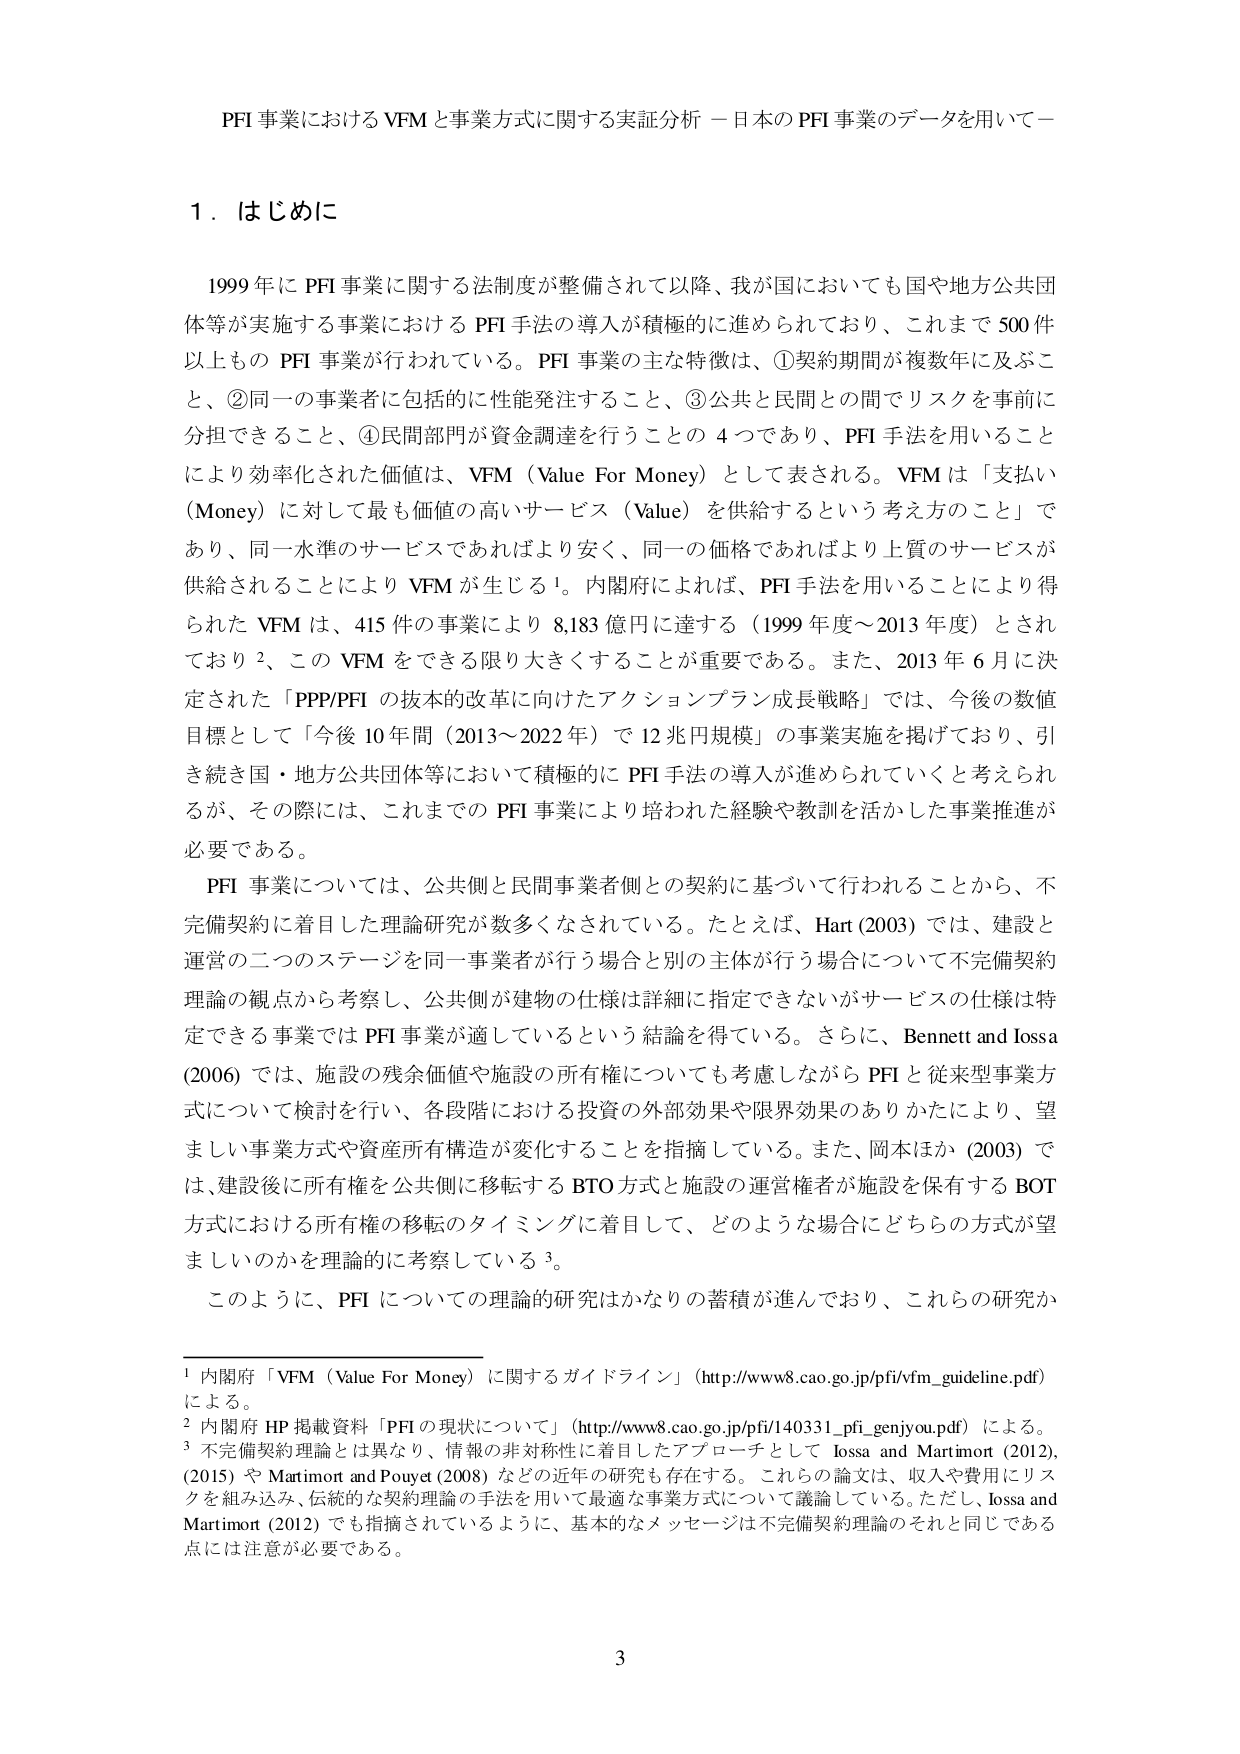
PFI 事業における VFM と事業方式に関する実証分析 －日本の PFI 事業のデータを用いて－

1．はじめに

1999 年に PFI 事業に関する法制度が整備されて以降、我が国においても国や地方公共団体等が実施する事業における PFI 手法の導入が積極的に進められており、これまで 500 件以上もの PFI 事業が行われている。PFI 事業の主な特徴は、①契約期間が複数年に及ぶこと、②同一の事業者に包括的に性能発注すること、③公共と民間との間でリスクを事前に分担できること、④民間部門が資金調達を行うことの 4 つであり、PFI 手法を用いることにより効率化された価値は、VFM（Value For Money）として表される。VFM は「支払い（Money）に対して最も価値の高いサービス（Value）を供給するという考え方のこと」であり、同一水準のサービスであればより安く、同一の価格であればより上質のサービスが供給されることにより VFM が生じる¹。内閣府によれば、PFI 手法を用いることにより得られた VFM は、415 件の事業により 8,183 億円に達する（1999 年度～2013 年度）とされており²、この VFM をできる限り大きくすることが重要である。また、2013 年 6 月に決定された「PPP/PFI の抜本的改革に向けたアクションプラン成長戦略」では、今後の数値目標として「今後 10 年間（2013～2022 年）で 12 兆円規模」の事業実施を掲げており、引き続き国・地方公共団体等において積極的に PFI 手法の導入が進められていくと考えられるが、その際には、これまでの PFI 事業により培われた経験や教訓を活かした事業推進が必要である。

PFI 事業については、公共側と民間事業者側との契約に基づいて行われることから、不完備契約に着目した理論研究が数多くなされている。たとえば、Hart (2003) では、建設と運営の二つのステージを同一事業者が行う場合と別の主体が行う場合について不完備契約理論の観点から考察し、公共側が建物の仕様は詳細に指定できないがサービスの仕様は特定できる事業では PFI 事業が適しているという結論を得ている。さらに、Bennett and Iossa (2006) では、施設の残余価値や施設の所有権についても考慮しながら PFI と従来型事業方式について検討を行い、各段階における投資の外部効果や限界効果のありかたにより、望ましい事業方式や資産所有構造が変化することを指摘している。また、岡本ほか (2003) では、建設後に所有権を公共側に移転する BTO 方式と施設の運営権者が施設を保有する BOT 方式における所有権の移転のタイミングに着目して、どのような場合にどちらの方式が望ましいのかを理論的に考察している³。

このように、PFI についての理論的研究はかなりの蓄積が進んでおり、これらの研究か

¹ 内閣府「VFM（Value For Money）に関するガイドライン」（http://www8.cao.go.jp/pfi/vfm_guideline.pdf）による。

² 内閣府 HP 掲載資料「PFI の現状について」（http://www8.cao.go.jp/pfi/140331_pfi_genjyou.pdf）による。

³ 不完備契約理論とは異なり、情報の非対称性に着目したアプローチとして Iossa and Martimort (2012), (2015) や Martimort and Pouyet (2008) などの近年の研究も存在する。これらの論文は、収入や費用にリスクを組み込み、伝統的な契約理論の手法を用いて最適な事業方式について議論している。ただし、Iossa and Martimort (2012) でも指摘されているように、基本的なメッセージは不完備契約理論のそれと同じである点には注意が必要である。

3